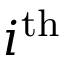
i ^ { \mathrm { t h } }